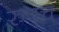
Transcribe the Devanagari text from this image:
रुपच